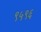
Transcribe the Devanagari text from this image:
९५९६